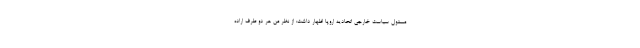
مسئول سیاست خارجی اتحادیه اروپا اظهار داشت: از نظر من هر دو طرف اراده